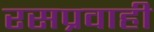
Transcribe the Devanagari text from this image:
रसप्रवाही